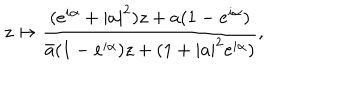
z \mapsto \frac { ( e ^ { i \alpha } + | a | ^ { 2 } ) z + a ( 1 - e ^ { i \alpha } ) } { \bar { a } ( 1 - e ^ { i \alpha } ) z + ( 1 + | a | ^ { 2 } e ^ { i \alpha } ) } ,